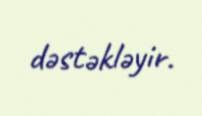
dəstəkləyir.